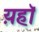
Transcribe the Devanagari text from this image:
य़हॉ